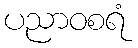
ပညာဝစရံ